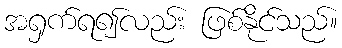
အရှက်ရ၍လည်း ဖြစ်နိုင်သည်။